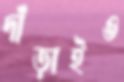
দাঁড়াইও